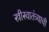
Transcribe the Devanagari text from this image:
स्त्रीस्वातंत्र्याची